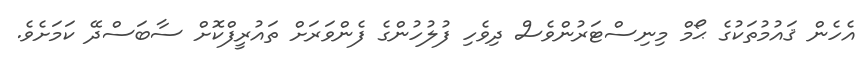
އެހެން ޤައުމުތަކުގެ ޙޯމް މިނިސްޓަރުންވެސް ދިވެހި ފުލުހުންގެ ފެންވަރަށް ތައުރީފްކޮށް ސާބަސްދޭ ކަމަށެވެ.